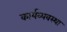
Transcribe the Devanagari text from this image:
कार्यव्यवस्था